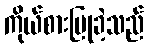
ကိုယ်စားပြုခဲ့သည်